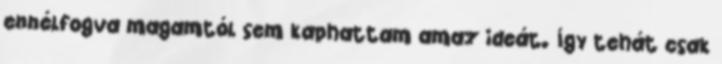
ennélfogva magamtól sem kaphattam amaz ideát. Így tehát csak